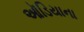
ઑડિયાના